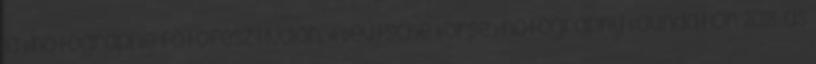
la Photographie fotófesztiválon. A Deutsche Börse Photography Foundation 2018-as